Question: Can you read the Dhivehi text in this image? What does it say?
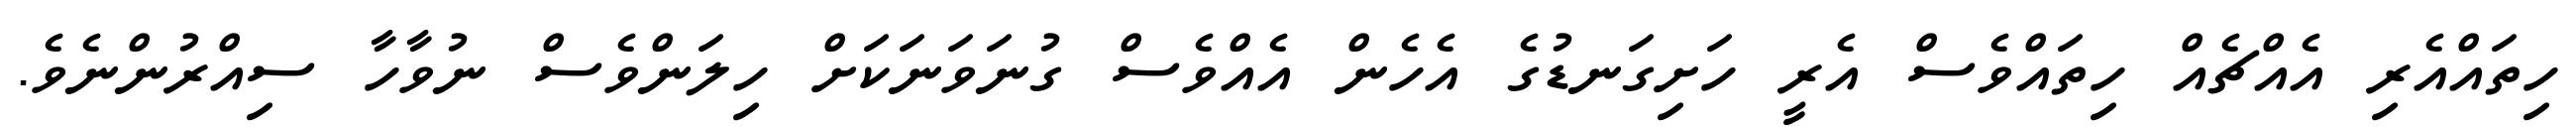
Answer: ހިތައްއެރި އެއްޗެއް ހިތައްވެސް އެރީ ހަށިގަނޑުގެ އެހެން އެއްވެސް ގުނަވަނަކަށް ހިލަންވެސް ނުވާހާ ސިއްރުންނެވެ.